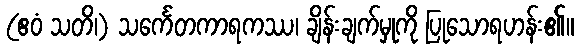
(ဧဝံ သတိ၊) သင်္ကေတကာရကဿ၊ ချိန်းချက်မှုကို ပြုသောရဟန်း၏။